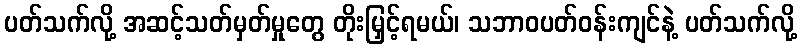
ပတ်သက်လို့ အဆင့်သတ်မှတ်မှုတွေ တိုးမြှင့်ရမယ်၊ သဘာဝပတ်ဝန်းကျင်နဲ့ ပတ်သက်လို့